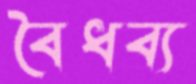
বৈধব্য